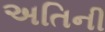
અતિની